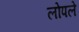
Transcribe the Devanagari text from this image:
लोपले